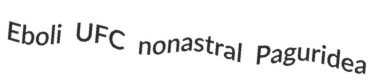
Eboli UFC nonastral Paguridea